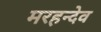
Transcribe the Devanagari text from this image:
मरहन्देव